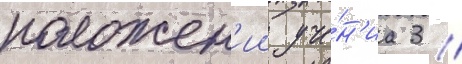
положен'ии уче́н'иа 3 //